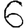
Digit: 6